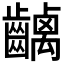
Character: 𪙥